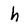
Character: h